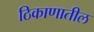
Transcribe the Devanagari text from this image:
ठिकाणातील